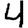
Digit: 4